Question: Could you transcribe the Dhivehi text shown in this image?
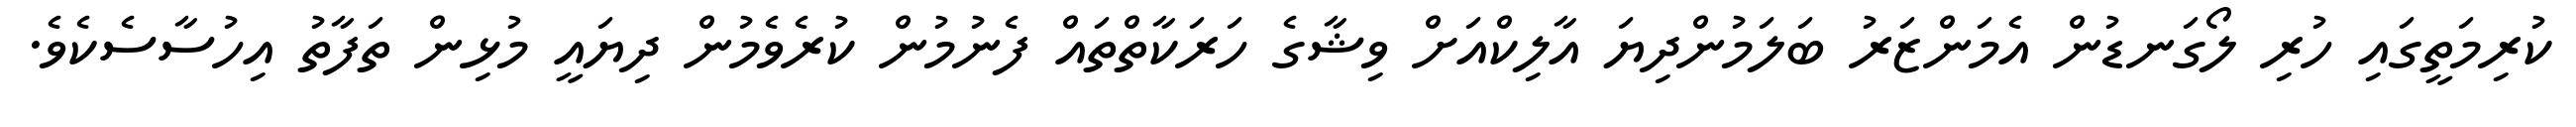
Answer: ކުރިމަތީގައި ހުރި ލޯގަނޑުން އެމަންޒަރު ބަލަމުންދިޔަ އާލިކްއަށް ވިޝާގެ ހަރަކާތްތައް ފެނުމުން ކުރެވެމުން ދިޔައީ މުޅިން ތަފާތު އިހުސާސެކެވެ.